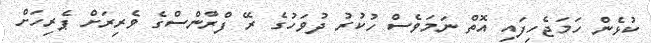
ކުޅެން ހަމަޖެހިފައި އޮތް ނަމަވެސް ހުކުރު ދުވަހުގެ ރޭ ފްރާންސްގެ ވެރިރަށް ޕެރިހަށް